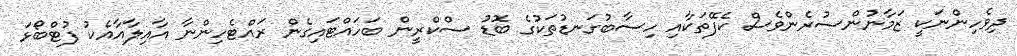
ދިވެހިންނަކީ ޒަމާނުންސުރެންވެސް ކެފޭތަކާއި ހިސާބުގަނޑުތަކުގެ ބޮޑު ސްކްރީން ބަހައްޓައިގެން ރައްޓެހިންނާ އާއިލާއާއެކު ފުޓްބޯޅަ